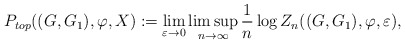
\begin{align*}P_{top}((G,G_1),\varphi, X):=\lim_{\varepsilon \to 0} \limsup_{n \to \infty} \frac{1}{n} \log Z_n((G,G_1),\varphi, \varepsilon),\end{align*}